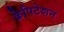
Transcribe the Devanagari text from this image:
क्रेपिटेशन